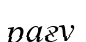
рағу